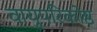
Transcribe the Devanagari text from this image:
वायुपरिकोष्ठ